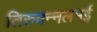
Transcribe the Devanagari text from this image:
तिरुवन्नलमई